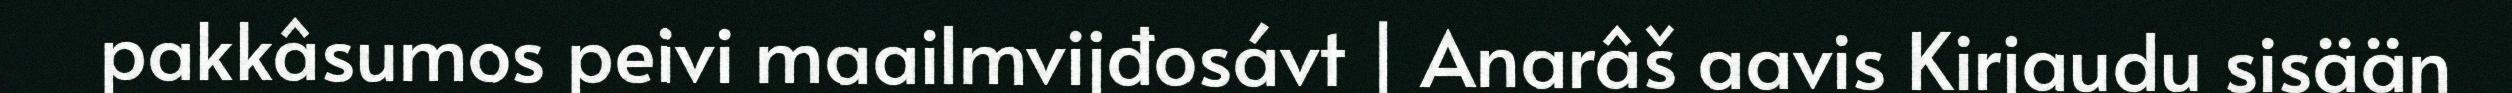
pakkâsumos peivi maailmvijđosávt | Anarâš aavis Kirjaudu sisään